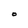
Character: O